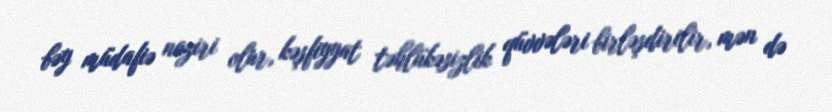
bəy müdafiə naziri olur, kəşfiyyat təhlükəsizlik qüvvələri birləşdirilir, mən də